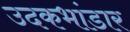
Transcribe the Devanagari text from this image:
उदकभांडार